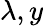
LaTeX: \lambda,y